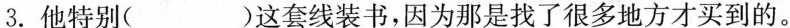
3.他特别( )这套线装书，因为那是找了很多地方才买到的。